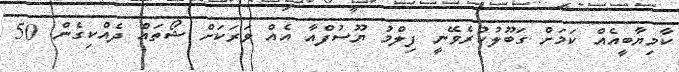
ކާމިޔާބީއެއް ކަމަށް ގަބޫލުކުރެވޭނީ ފިލްމު ޔޫސުފްއާ އެއް ވަރަކަށް ޝޯތައް ދެއްކިގެން. 50